Kassari_(Keina)_vallavalitsus, lk 52
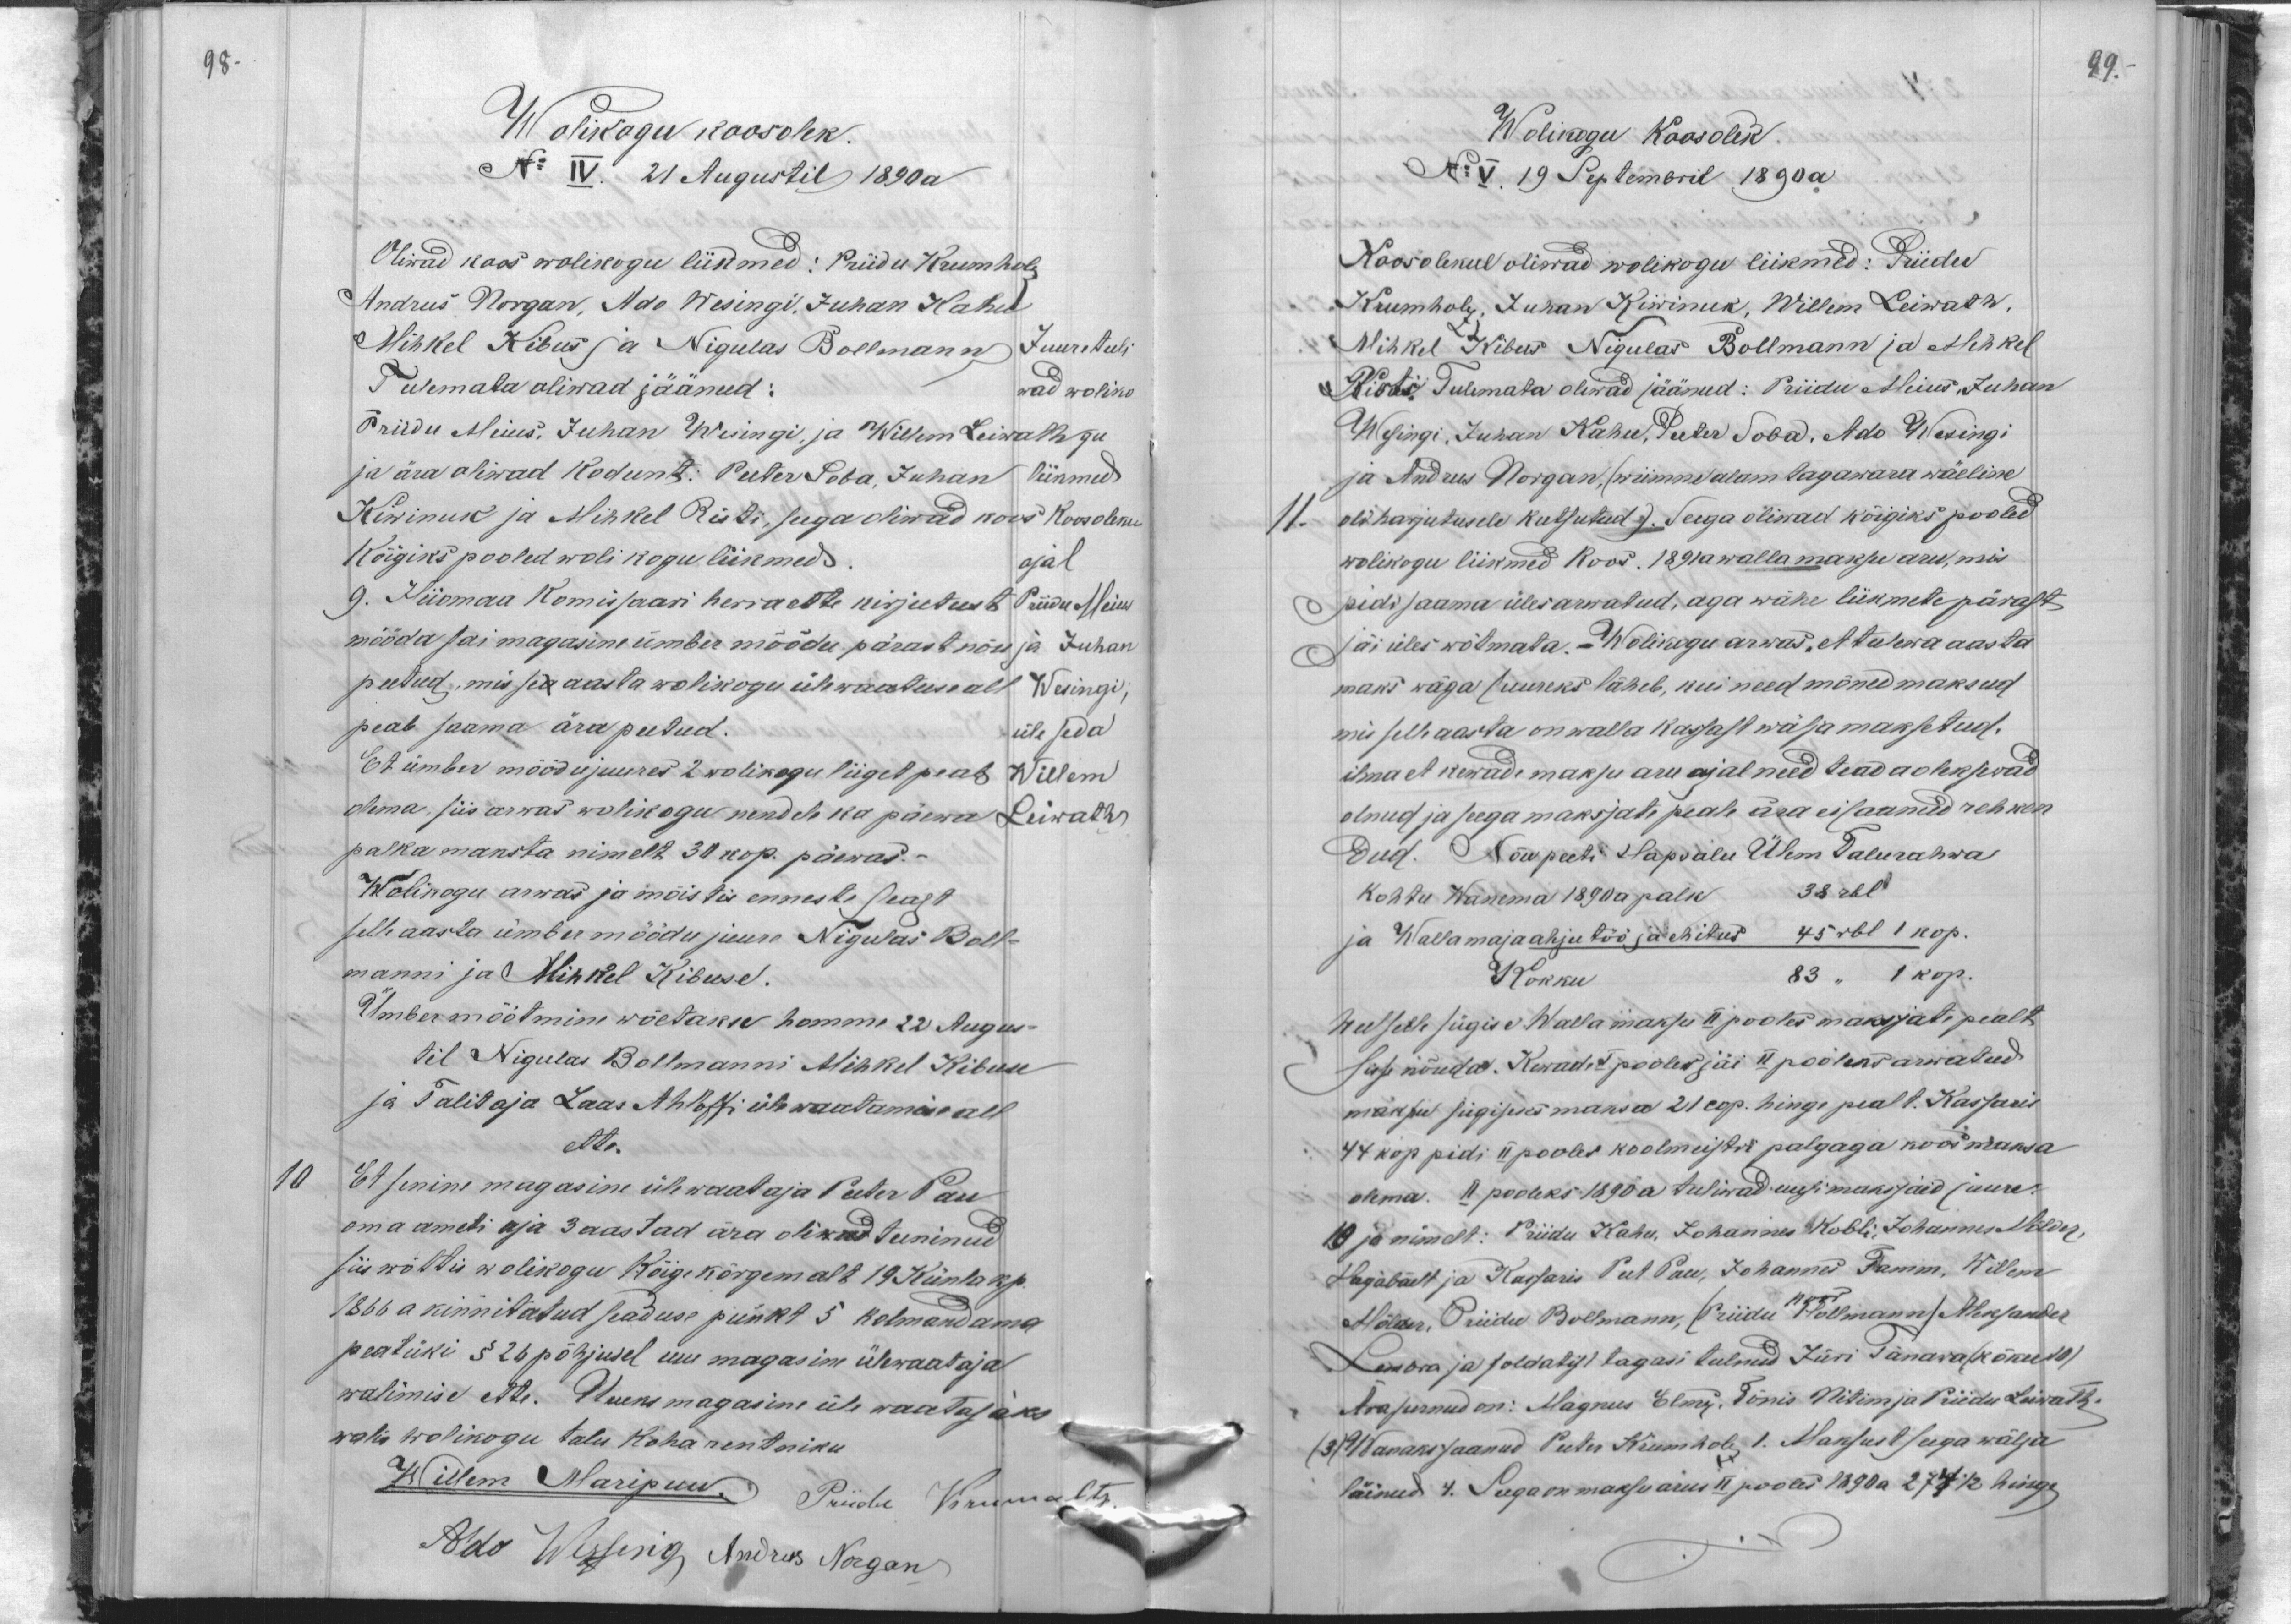
98.

Wolikogu koosolek.
No IV. 21 Augustil 1890 a
Oliwad koos wolikogu liikmed: Priidu Krumholz
Andrus Norgan, Ado Wesingi, Juhan Kahu
Mihkel Kibus ja Nigulas Bollmann
Juure tuli
Tulemata oliwad jäänud:
wad woliko
Priidu Meius, Juhan Wesingi, ja Willem Leiwath
gu
ja ära oliwad kodunt: Peter Soba, Juhan
liikmed
Kiwinuk ja Mihkel Risti, seega oliwad koos koosoleku
Koosoleku
kõigiks pooled wolikogu liikmed.
ajal
9. Hiiomaa Komissaari herra ette kirjutust
Priidu Meius
mööda sai magasine ümber mõõdu pärast nõu
ja Juhan
peetud, mis sea aasta wolikogu ülewaatuse all
Wesingi,
peab saama ära peetud.
üle seda
Et ümber mõõdu juures 2 wolikogu liiget peab
Willem
olema, siis arwas wolikogu nendele ka päewa
Leiwath
palka maksta nimelt 30 kop. päewas.
Wolikogu arwas ja mõistis enneste seast
selle aasta ümbur mõõdu juure Nigulas Bolt-
manni ja Mihkel Kibuse.
Ümber mõõtmine wõetakse homme 22 Augusti-
til Nigulas Bollmanni Mihkel Kibuse
ja Talitaja Laas Ahloffi ülewaatamise all
ette
10
Et senine magasine ülewaataja Peeter Pau
oma ameti aja 3 aastad ära oliwad teeninud
siis wõttis wolikogu Kõigekõrgemalt 19 Künla kp.
1866 a kinnitatud seaduse punkt 5 kolmandama
peatüki § 26 põhjusel uue magasin ülewaataja
walimise ette. Uueks magasine üle waatajaks
walis wolikogu talu koha rentniku
Willem Maripuu Priidu Krumaltz
Ado Wissenig, Andrus Norgan

99.
Wolikogu Koosolek
No V. 19 Septembril 1890 a
Koosolekul oliwad wolikogu liikmed: Priidu
Krumholz, Juhan Kiwinuk, Willem Leiwath,
Mihkel Kibus Nigulas Bollmann ja Mihkel
Risti. Tulemata oliwad jäänud: Priidu Meius, Juhan
Wesingi, Juhan Kahu, Peter Soba, Ado Weringi
ja Andrus Norgan, (wiimne alam tagawara wäeline
11. oli harjutusele kutsutud ) Seega oliwad kõigiks pooled
wolikogu liikmed koos. 1891 a wallamaksu aru, mis
pidi saama üles arwatud, aga wähe liikmete pärast
jäi üles wõtmata. Wolikogu arwas, et tulewa aasta
maks wäga suureks läheb, kui need mõned maksud
mis selle aasta on walla kassast wälja maksetud.
ilma et kewade maksu aru ajal need teada oleksiwad
olnud ja seega maksjate peale ära ei saanud rehken
dud. Nõu peeti Hapsalu Ülem Talurahwa
Kohtu Wanema 1890 a palk 38 rbl.
ja Wallamaja ahju töö ja ehitus 45 rbl 1 kop.
Kokku
83 " 1 kop
Weel selle sügise Walla maksu II pooles maksjate pealt
sisse nõuda. Kewade I pooles jäi II pooleks arwatud
maksu sügiseks maksa 21 cop. hinge pealt. Kassaris
44 kop pidi II pooles koolmeistri palgaga koos maksa
olema. II pooleks 1890 a tuliwad uusi maksjaid juure.
10 ja nimelt: Priidu Kahu, Johannes Kobli, Johannes Mölder,
Hagabäelt ja Kassaris Peet Pau, Johannes Tamm, Willem
Mölder, Priidu Bollmann, (Priidu koos Bollmann) Aleksander
Lembra ja soldatist tagasi tulnud Jüri Tänawa (koku 10).
Arasurnud on: Magnus Elmes, Tõnis Nitim ja Priidu Leiwath.
(3) Wanaks saanud Peeter Krumholz, 1. Maksust seega wälja
läinud 4. Seega on maksu arus II pooles 1890 a 274 1/2  hinge